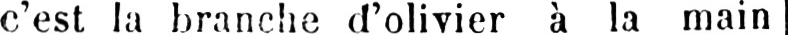
c’est la branche d’olivier à la main